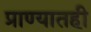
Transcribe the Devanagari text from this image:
प्राण्यातही